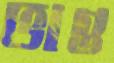
ভাগু